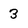
Character: 3